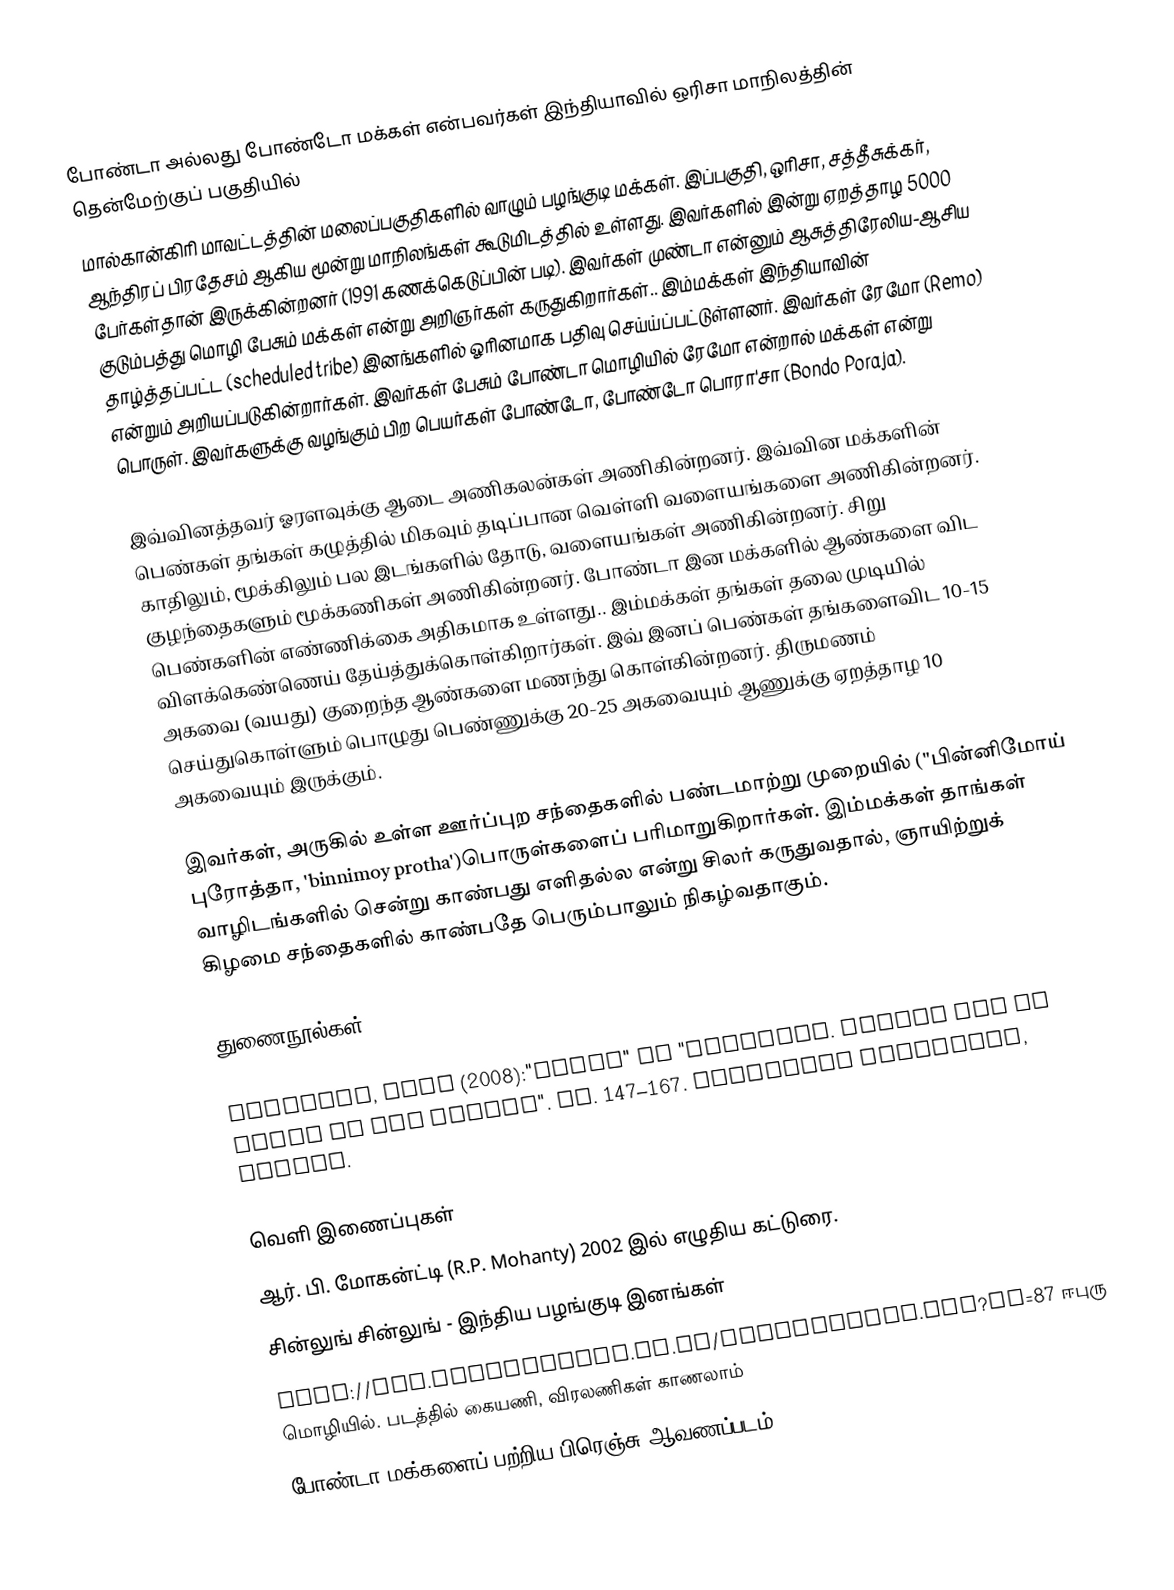
போண்டா அல்லது போண்டோ மக்கள் என்பவர்கள் இந்தியாவில் ஒரிசா மாநிலத்தின் தென்மேற்குப் பகுதியில்
மால்கான்கிரி மாவட்டத்தின் மலைப்பகுதிகளில் வாழும் பழங்குடி மக்கள். இப்பகுதி, ஒரிசா, சத்தீசுக்கர், ஆந்திரப் பிரதேசம் ஆகிய மூன்று மாநிலங்கள் கூடுமிடத்தில் உள்ளது. இவர்களில் இன்று ஏறத்தாழ 5000 பேர்கள்தான் இருக்கின்றனர் (1991 கணக்கெடுப்பின் படி). இவர்கள் முண்டா என்னும் ஆசுத்திரேலிய-ஆசிய குடும்பத்து மொழி பேசும் மக்கள் என்று அறிஞர்கள் கருதுகிறார்கள்.. இம்மக்கள் இந்தியாவின் தாழ்த்தப்பட்ட (scheduled tribe) இனங்களில் ஓரினமாக பதிவு செய்ய்ப்பட்டுள்ளனர். இவர்கள் ரேமோ (Remo) என்றும் அறியப்படுகின்றார்கள். இவர்கள் பேசும் போண்டா மொழியில் ரேமோ என்றால் மக்கள் என்று பொருள். இவர்களுக்கு வழங்கும் பிற பெயர்கள் போண்டோ, போண்டோ பொரா'சா (Bondo Poraja).

இவ்வினத்தவர் ஓரளவுக்கு ஆடை அணிகலன்கள் அணிகின்றனர். இவ்வின மக்களின் பெண்கள் தங்கள் கழுத்தில் மிகவும் தடிப்பான வெள்ளி வளையங்களை அணிகின்றனர். காதிலும், மூக்கிலும் பல இடங்களில் தோடு, வளையங்கள் அணிகின்றனர். சிறு குழந்தைகளும் மூக்கணிகள் அணிகின்றனர். போண்டா இன மக்களில் ஆண்களை விட பெண்களின் எண்ணிக்கை அதிகமாக உள்ளது.. இம்மக்கள் தங்கள் தலை முடியில் விளக்கெண்ணெய் தேய்த்துக்கொள்கிறார்கள். இவ் இனப் பெண்கள் தங்களைவிட 10-15 அகவை (வயது) குறைந்த  ஆண்களை மணந்து கொள்கின்றனர். திருமணம் செய்துகொள்ளும் பொழுது பெண்ணுக்கு 20-25 அகவையும் ஆணுக்கு ஏறத்தாழ 10 அகவையும் இருக்கும்.

இவர்கள், அருகில் உள்ள ஊர்ப்புற சந்தைகளில் பண்டமாற்று முறையில் ("பின்னிமோய் புரோத்தா, 'binnimoy protha')பொருள்களைப் பரிமாறுகிறார்கள். இம்மக்கள் தாங்கள் வாழிடங்களில் சென்று காண்பது எளிதல்ல என்று சிலர் கருதுவதால், ஞாயிற்றுக் கிழமை சந்தைகளில் காண்பதே பெரும்பாலும் நிகழ்வதாகும்.

துணைநூல்கள்

 Pancorbo, Luis (2008):"Bonda" en "Avatares. Viajes por la India de los dioses". pp. 147–167. Miraguano Ediciones, Madrid.

வெளி இணைப்புகள்
  ஆர். பி. மோகன்ட்டி (R.P. Mohanty) 2002 இல் எழுதிய கட்டுரை.
 சின்லுங் சின்லுங் - இந்திய பழங்குடி இனங்கள்
 http://www.dinaheimann.co.il/articleView.asp?ID=87 ஈபுரு மொழியில். படத்தில் கையணி, விரலணிகள் காணலாம்
 போண்டா மக்களைப் பற்றிய பிரெஞ்சு ஆவணப்படம் - L'Inde Fantôme (Louis Malle, 196